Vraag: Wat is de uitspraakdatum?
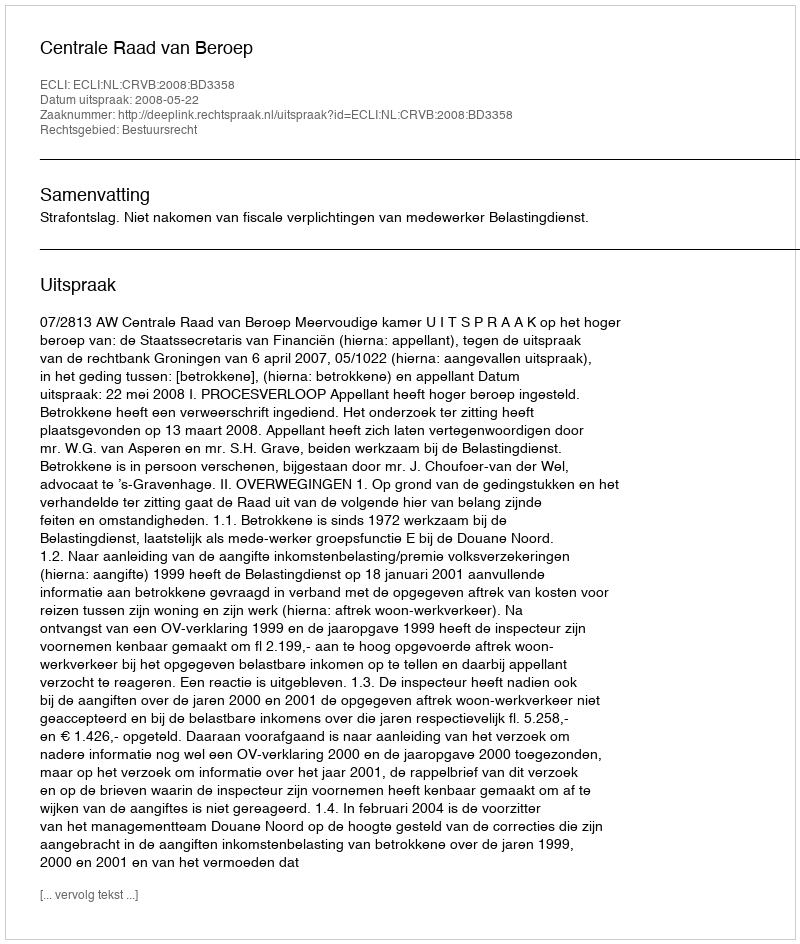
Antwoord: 2008-05-22